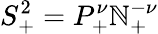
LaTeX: S_{+}^{2}=P_{+}^{\nu}\mathbb{N}_{+}^{-\nu}